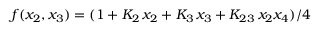
f ( x _ { 2 } , x _ { 3 } ) = ( 1 + K _ { 2 } \, x _ { 2 } + K _ { 3 } \, x _ { 3 } + K _ { 2 3 } \, x _ { 2 } x _ { 4 } ) / 4